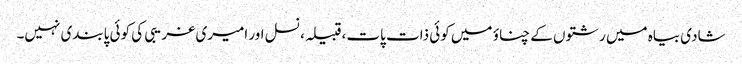
شادی بیاہ میں رشتوں کے چناؤ میں کوئی ذات پات، قبیلہ، نسل اور امیری غریبی کی کوئی پابندی نہیں۔